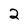
Character: 2